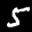
Label: 5